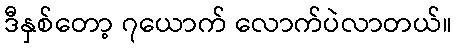
ဒီနှစ်တော့ ၇ယောက် လောက်ပဲလာတယ်။